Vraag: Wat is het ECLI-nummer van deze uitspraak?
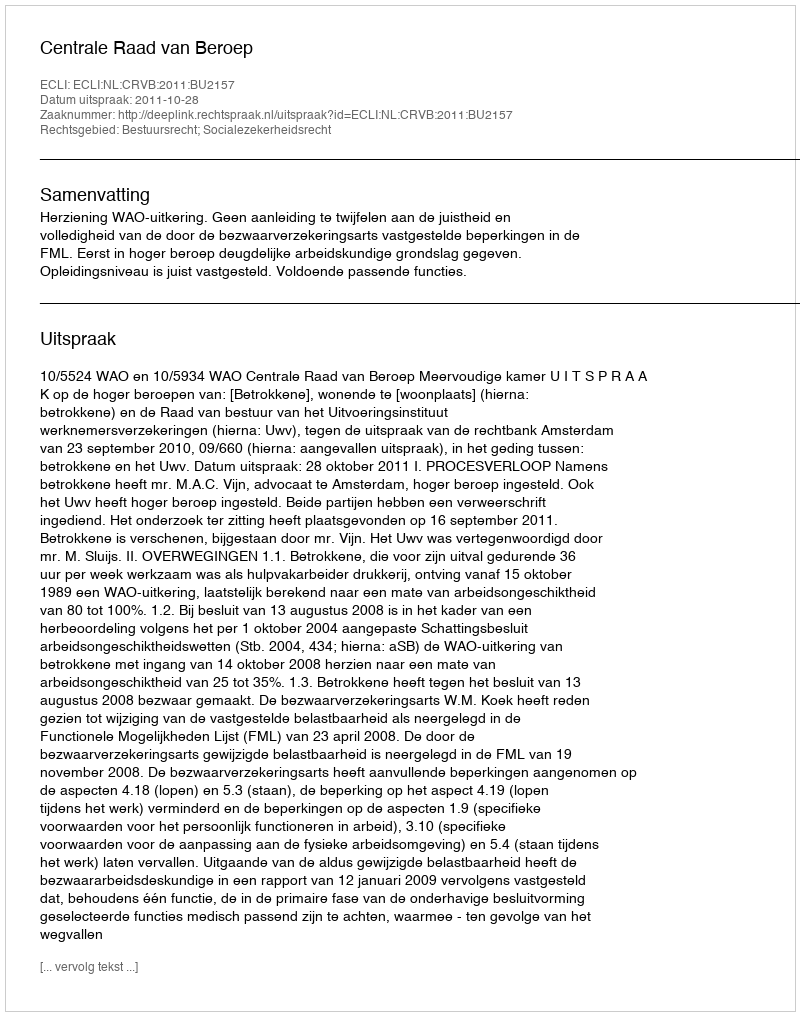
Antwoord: ECLI:NL:CRVB:2011:BU2157